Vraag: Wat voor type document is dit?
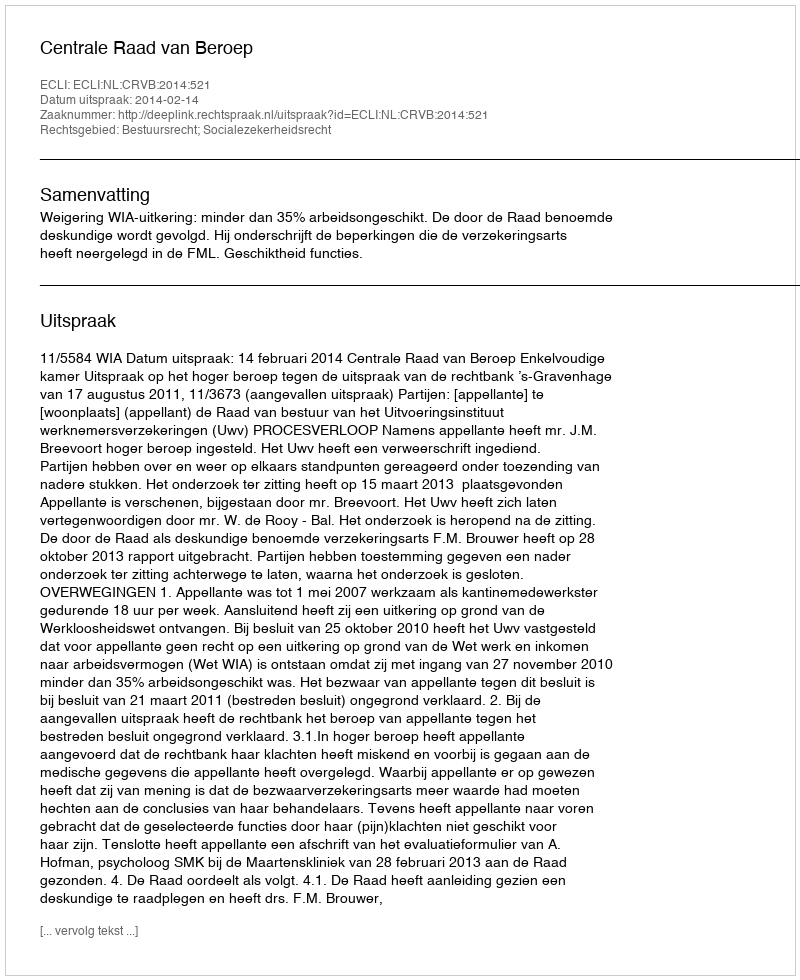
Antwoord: Uitspraak